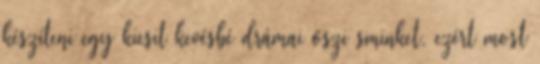
készíteni egy kicsit kevésbé drámai őszi sminket, ezért most